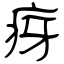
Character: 疨